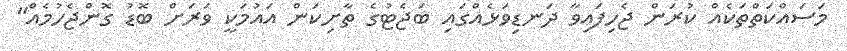
މަސައްކަތްތަކެއް ކުރަން ޖެހިފައިވާ ދަނޑިވަޅެއްގައި ބަޖެޓުގެ ތާށިކަން އައުމަކީ ވަރަށް ބޮޑު ގޮންޖެހުމެއް"